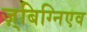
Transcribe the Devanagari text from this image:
ज़्बिग्निएव